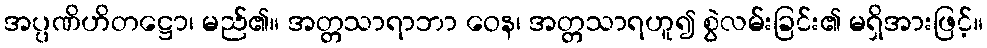
အပ္ပဏိဟိတဋ္ဌော၊ မည်၏။ အတ္တသာရာဘာ ဝေန၊ အတ္တသာရဟူ၍ စွဲလမ်းခြင်း၏ မရှိအားဖြင့်။